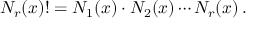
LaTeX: N _ { r } ( x ) ! = N _ { 1 } ( x ) \cdot N _ { 2 } ( x ) \cdots N _ { r } ( x ) \, .